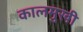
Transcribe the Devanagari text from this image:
कालमुखी